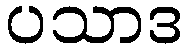
ပသာဒ